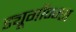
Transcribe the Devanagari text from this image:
ड्यूगॉन्ग्स